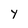
Character: y